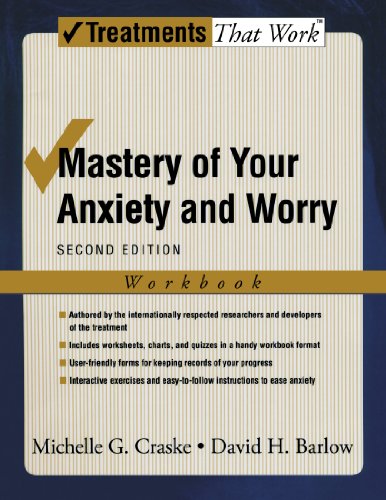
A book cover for Mastery of Your Anxiety and Worry: Workbook (Treatments That Work); Michelle G. Craske; Health, Fitness & Dieting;